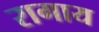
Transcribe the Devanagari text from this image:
रागाय